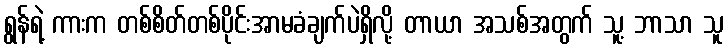
ရွန်ရဲ့ ကားက တစ်စိတ်တစ်ပိုင်းအာမခံချက်ပဲရှိလို့ တာယာ အသစ်အတွက် သူ့ ဘာသာ သူ